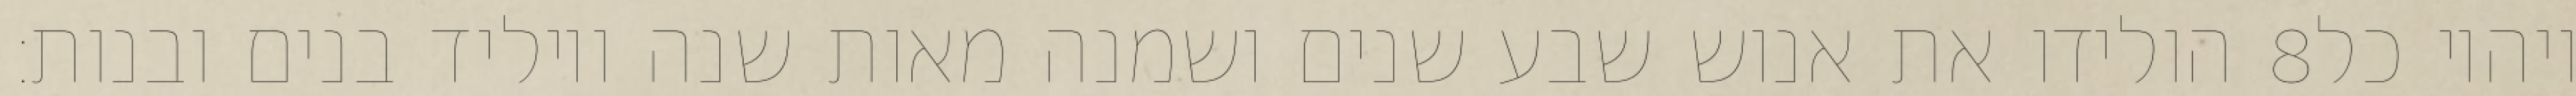
הולידו את אנוש שבע שנים ושמנה מאות שנה ויוליד בנים ובנות׃ ‎8‏ ויהיו כל